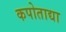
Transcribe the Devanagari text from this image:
कपोताद्या